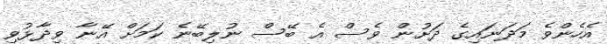
އެހެންވެ މަދަނައިގެ ދަށުން ވެސް އެ ބޭސް ނުލިބޭނެ ކަމަށް އޭނާ ވިދާޅުވި